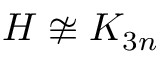
H \not \cong K _ { 3 n }